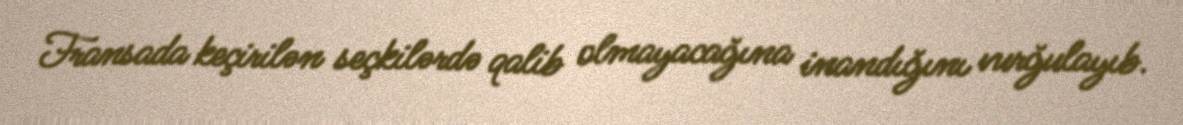
Fransada keçirilən seçkilərdə qalib olmayacağına inandığını vurğulayıb.